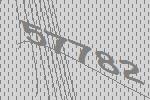
57782